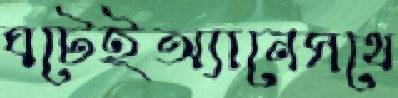
ঘটেইঅ্যানেসথে